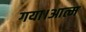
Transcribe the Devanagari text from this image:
गया।आत्म